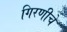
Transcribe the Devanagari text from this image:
गिरणीचे